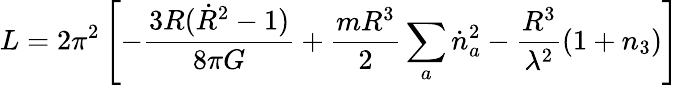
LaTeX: L=2\pi^{2}\left[-\frac{3R(\dot{R}^{2}-1)}{8\pi G}+\frac{mR^{3}}{2}\sum_{a}\dot{n}_{a}^{2}-\frac{R^{3}}{\lambda^{2}}(1+n_{3})\right]